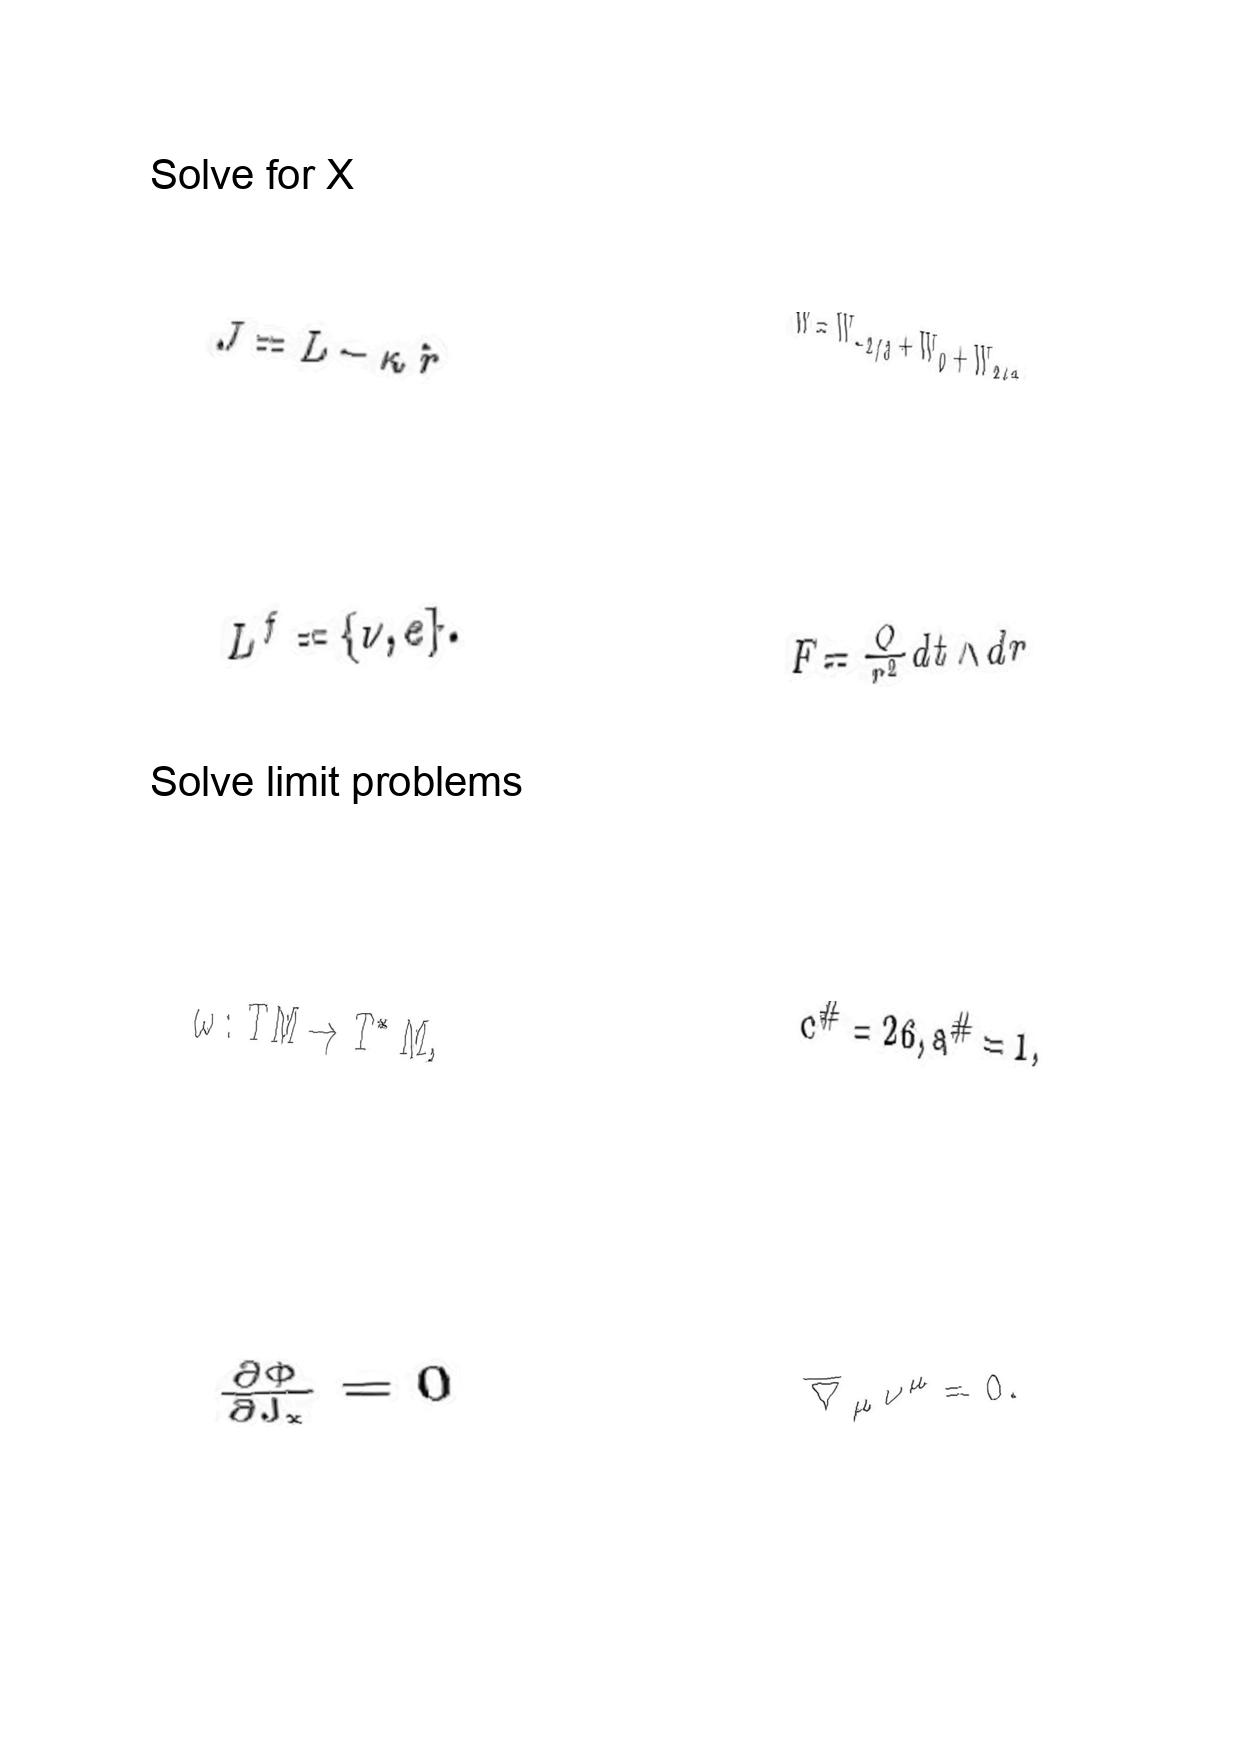
LaTeX transcription:
J = L - \kappa \hat { r }
L ^ { f } = \lbrace \nu , e \rbrace .
\omega : T M \rightarrow T ^ { \ast } M ,
\frac { \partial \Phi } { \partial J _ { x } } = 0
W = W _ { - 2 / 3 } + W _ { 0 } + W _ { 2 / 3 } ,
F = \frac { Q } { r ^ { 2 } } d t \wedge d r
c ^ { \# } = 2 6 , a ^ { \# } = 1 ,
\overline { \nabla } _ { \mu } \nu ^ { \mu } = 0 .